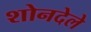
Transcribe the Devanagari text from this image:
शोनदेले